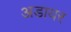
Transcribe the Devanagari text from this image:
अडायर